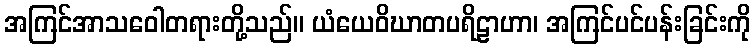
အကြင်အာသဝေါတရားတို့သည်။ ယံယေဝိဃာတပရိဠာဟာ၊ အကြင်ပင်ပန်းခြင်းကို